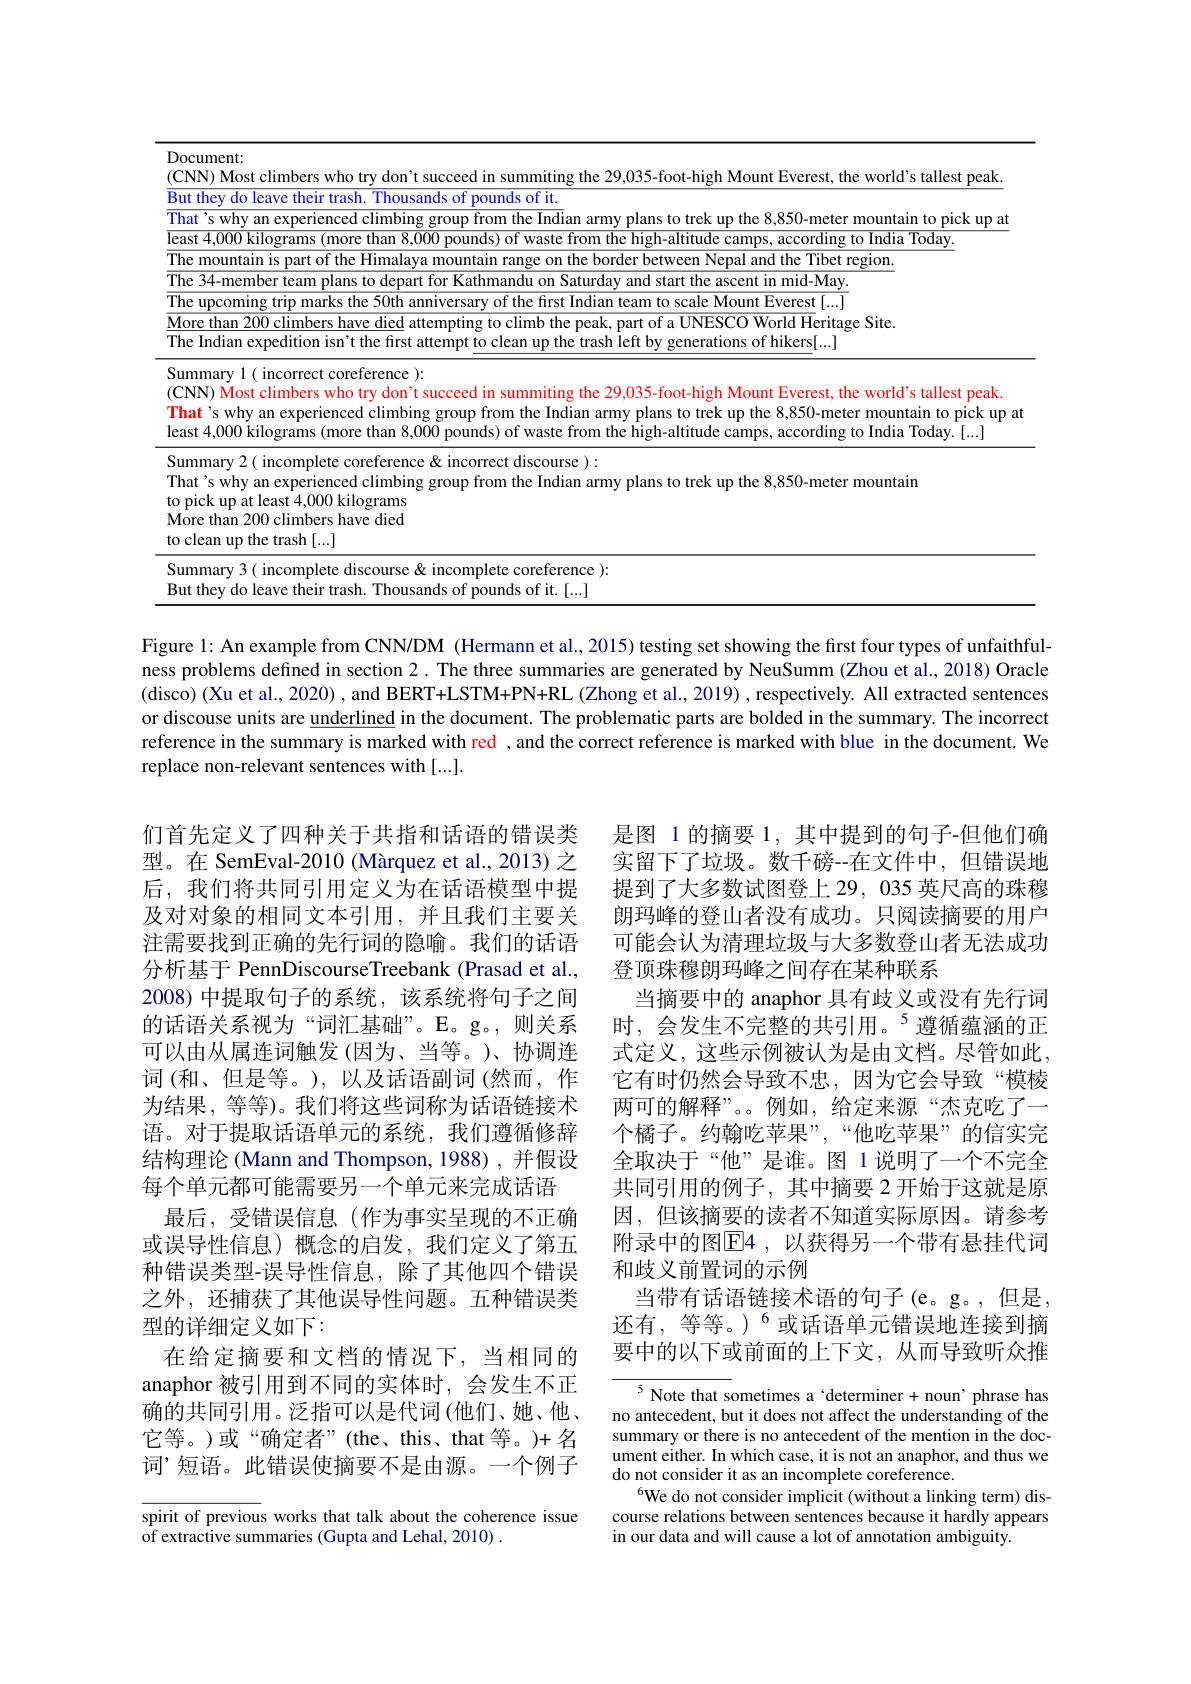
<table>
	<tbody>
		<tr>
			<td>$\overline{B_{\mathrm{l}}}$ - 1 1</td>
			<td> leave their trash Thousands of nounds of it</td>
		</tr>
		<tr>
			<td>$\overline{\mathrm{TF}}$ 1</td>
			<td>=libet reglom</td>
		</tr>
		<tr>
			<td>$\overline{\mathrm{TF}}$ T 1 1</td>
			<td>ascent in mid-Mav</td>
		</tr>
		<tr>
			<td>$DU$ $(\mathbb{C}$ TI lez</td>
			<td> ost climbers who try do$n^{\prime }$t succeed in summiting the 29, 035- foot- high Mount Everest, the worl$d^{\prime }$s tallest peak vhy an experienced climbing group from the Indian army plans to trek up the 8,850-meter mountain to pick up at 00 kilograms (more than 8,000 pounds) of waste from the high-altitude camps, according to India Today.[...]</td>
		</tr>
		<tr>
			<td>Su $Tr$ to $M.$ to</td>
			<td>$\sqrt{2}($ incomplete coreference& incorrect discourse ): hy an experienced climbing group from the Indian army plans to trek up the 8,850-meter mountain p at least 4,000 kilograms n 200 climbers have died $\operatorname{the}$trash[...]</td>
		</tr>
	</tbody>
</table>

Figure 1: An example from CNN/DM (Hermann et al., 2015) testing set showing the first four types of unfaithfulness problems defined in section 2. The three summaries are generated by NeuSumm (Zhou et al., 2018) Oracle (disco) (Xu et al., 2020) , and BERT+LSTM+PN+RL (Zhong et al., 2019) , respectively. All extracted sentences or discouse units are underlined in the document. The problematic parts are bolded in the summary. The incorrect reference in the summary is marked with red , and the correct reference is marked with blue in the document. We replace non-relevant sentences with [...].

是图 1 的摘要 1, 其中提到的句子-但他们确实留下了垃圾。数千磅--在文件中，但错误地提到了大多数试图登上 29, 035 英尺高的珠穆朗玛峰的登山者没有成功。只阅读摘要的用户可能会认为清理垃圾与大多数登山者无法成功登顶珠穆朗玛峰之间存在某种联系
当摘要中的 anaphor 具有歧义或没有先行词时，会发生不完整的共引用。$^{5}$遵循蕴涵的正式定义，这些示例被认为是由文档。尽管如此， 它有时仍然会导致不忠，因为它会导致“模棱两可的解释”。。例如，给定来源“杰克吃了一个橘子。约翰吃苹果”,“他吃苹果”的信实完全取决于“他”是谁。图 1说明了一个不完全共同引用的例子，其中摘要 2 开始于这就是原因，但该摘要的读者不知道实际原因。请参考附录中的图$\overline{\mathrm{E}}4$,以获得另一个带有悬挂代词和歧义前置词的示例
当带有话语链接术语的句子(e。g。,但是， 还有，等等。)$^{6}$或话语单元错误地连接到摘要中的以下或前面的上下文，从而导致听众推

们首先定义了四种关于共指和话语的错误类型。在 SemEval-2010 (Màrquez et al., 2013) 之后，我们将共同引用定义为在话语模型中提及对对象的相同文本引用，并且我们主要关注需要找到正确的先行词的隐喻。我们的话语分析基于 PennDiscourseTreebank (Prasad et al., 2008)中提取句子的系统，该系统将句子之间的话语关系视为“词汇基础”。E。g。,则关系可以由从属连词触发(因为、当等。)、协调连词(和、但是等。),以及话语副词(然而，作为结果，等等)。我们将这些词称为话语链接术语。对于提取话语单元的系统，我们遵循修辞结构理论 (Mann and Thompson, 1988) , 并假设每个单元都可能需要另一个单元来完成话语
最后，受错误信息(作为事实呈现的不正确或误导性信息)概念的启发，我们定义了第五种错误类型-误导性信息，除了其他四个错误之外，还捕获了其他误导性问题。五种错误类型的详细定义如下：
在给定摘要和文档的情况下，当相同的anaphor 被引用到不同的实体时，会发生不正确的共同引用。泛指可以是代词(他们、她、他、 它等。)或“确定者”(the、this、that等。)+名词’短语。此错误使摘要不是由源。一个例子

$^{5}$ Note that sometimes a‘determiner + noun’phrase has no antecedent, but it does not affect the understanding of the summary or there is no antecedent of the mention in the document either. In which case, it is not an anaphor, and thus we do not consider it as an incomplete coreference.
$^{6}$We do not consider implicit (without a linking term) discourse relations between sentences because it hardly appears in our data and will cause a lot of annotation ambiguity.

spirit of previous works that talk about the coherence issue
of extractive summaries (Gupta and Lehal, 2010) .